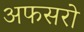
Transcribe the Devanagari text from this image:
अफसरो